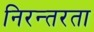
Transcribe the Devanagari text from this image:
निरन्‍तरता